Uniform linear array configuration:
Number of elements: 64
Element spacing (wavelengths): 0.25
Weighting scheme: cosine
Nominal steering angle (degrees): -15
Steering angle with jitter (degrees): -13.186
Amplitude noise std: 0.05
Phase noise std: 0.05

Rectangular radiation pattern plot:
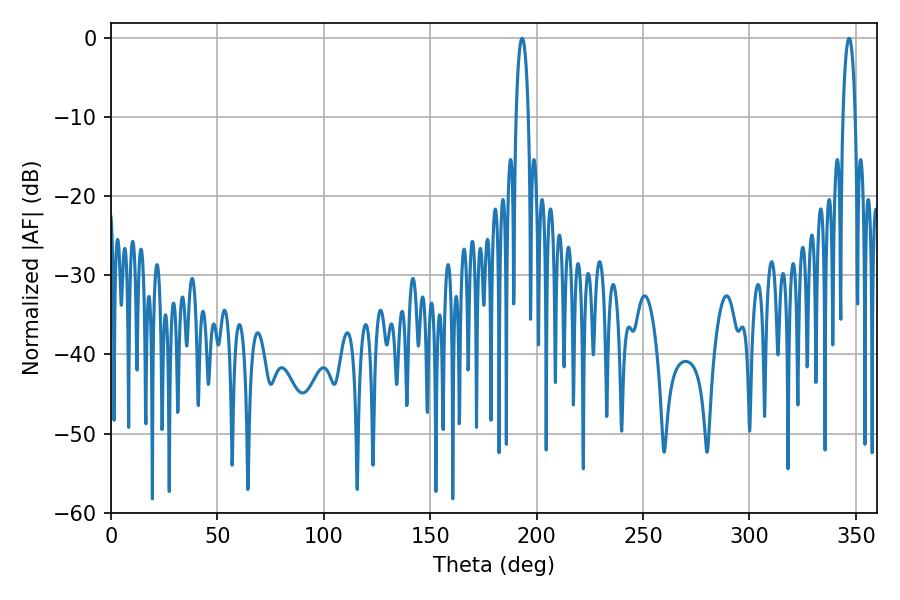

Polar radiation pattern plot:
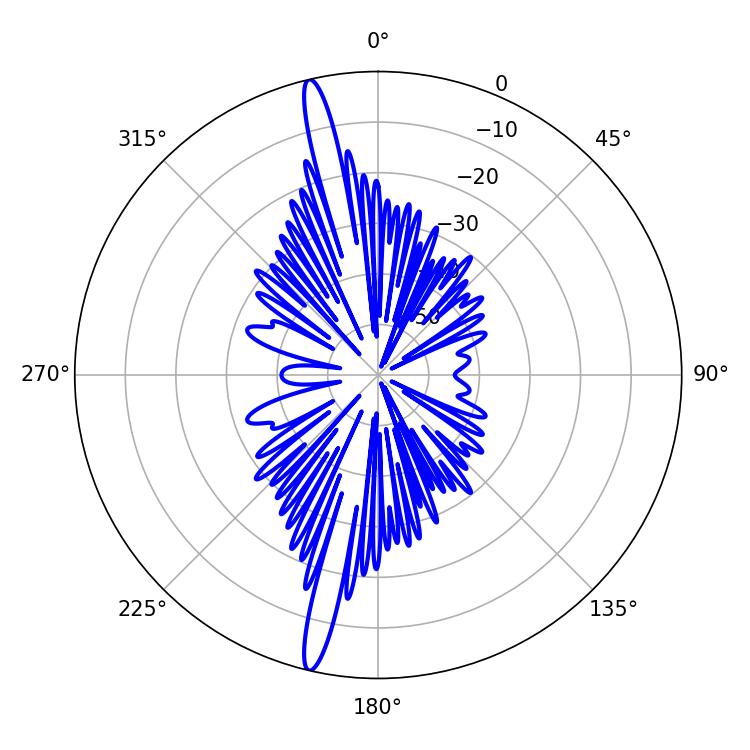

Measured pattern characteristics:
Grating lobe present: FALSE
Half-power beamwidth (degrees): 3.24
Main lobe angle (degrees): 193.14